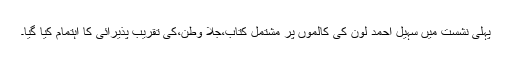
پہلی نشست میں سہیل احمد لون کی کالموں پر مشتمل کتاب،جِلا وطن،کی تقریبِ پذیرائی کا اہتمام کیا گیا۔